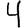
Digit: 4